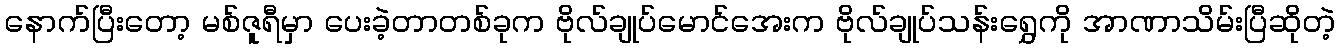
နောက်ပြီးတော့ မစ်ဇူရီမှာ ပေးခဲ့တာတစ်ခုက ဗိုလ်ချုပ်မောင်အေးက ဗိုလ်ချုပ်သန်းရွှေကို အာဏာသိမ်းပြီဆိုတဲ့